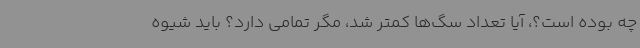
چه بوده است؟، آیا تعداد سگ‌ها کمتر شد، مگر تمامی دارد؟ باید شیوه